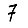
Digit: 7